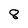
Character: 8